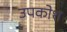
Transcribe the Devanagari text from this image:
उपकोश